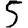
Digit: 5